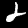
Label: 2